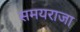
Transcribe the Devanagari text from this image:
समयराजा